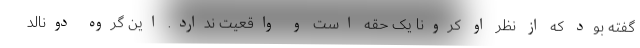
گفته بود که از نظر او کرونا یک حقه است و واقعیت ندارد. این گروه دونالد